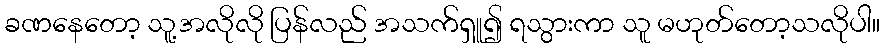
ခဏနေတော့ သူ့အလိုလို ပြန်လည် အသက်ရှူ၍ ရသွားကာ သူ မဟုတ်တော့သလိုပါ။